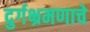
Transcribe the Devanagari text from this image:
दुर्गभ्रमणाचे